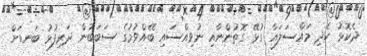
ދެކޮޅު ހެދި މައްސަލައާ ގުޅޭ ގޮތުންނާއި ނުވިއްސައި ބޭއްވުމުގެ ސަބަބުން ދަރިފުޅު ބަނޑަށް